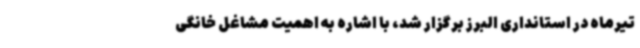
تیرماه در استانداری البرز برگزار شد، با اشاره به اهمیت مشاغل خانگی